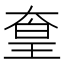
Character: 𡙙